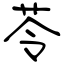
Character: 苓